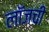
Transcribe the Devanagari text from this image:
लॉजची